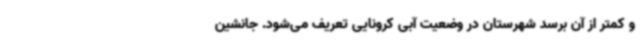
و کمتر از آن برسد شهرستان در وضعیت آبی کرونایی تعریف می‌شود. جانشین